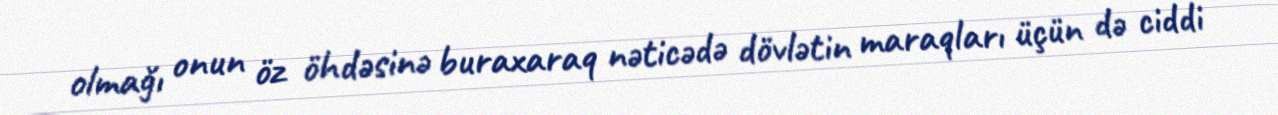
olmağı onun öz öhdəsinə buraxaraq nəticədə dövlətin maraqları üçün də ciddi